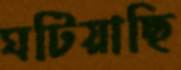
ঘটিয়াছি